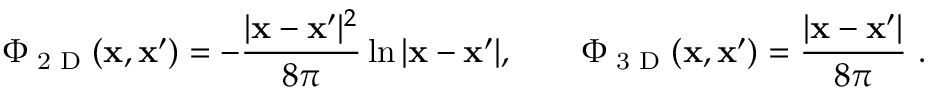
\Phi _ { \textrm { 2 D } } ( \mathbf { x } , \mathbf { x } ^ { \prime } ) = - { \frac { | \mathbf { x } - \mathbf { x } ^ { \prime } | ^ { 2 } } { 8 \pi } } \ln | \mathbf { x } - \mathbf { x } ^ { \prime } | , \qquad \Phi _ { \textrm { 3 D } } ( \mathbf { x } , \mathbf { x } ^ { \prime } ) = { \frac { | \mathbf { x } - \mathbf { x } ^ { \prime } | } { 8 \pi } } ~ .